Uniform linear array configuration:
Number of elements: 24
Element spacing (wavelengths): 0.25
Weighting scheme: blackman
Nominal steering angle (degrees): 30
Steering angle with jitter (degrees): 30.062
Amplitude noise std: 0.05
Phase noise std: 0.05

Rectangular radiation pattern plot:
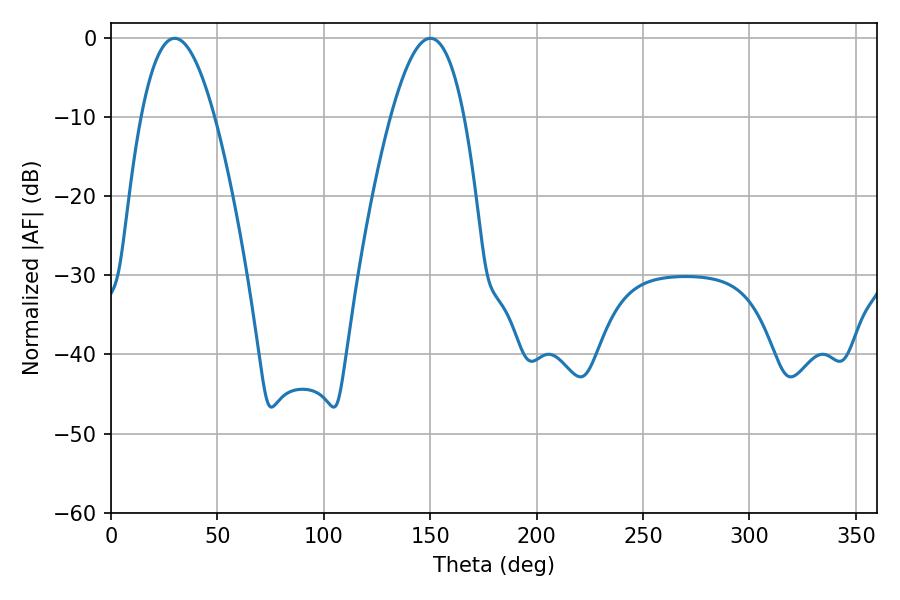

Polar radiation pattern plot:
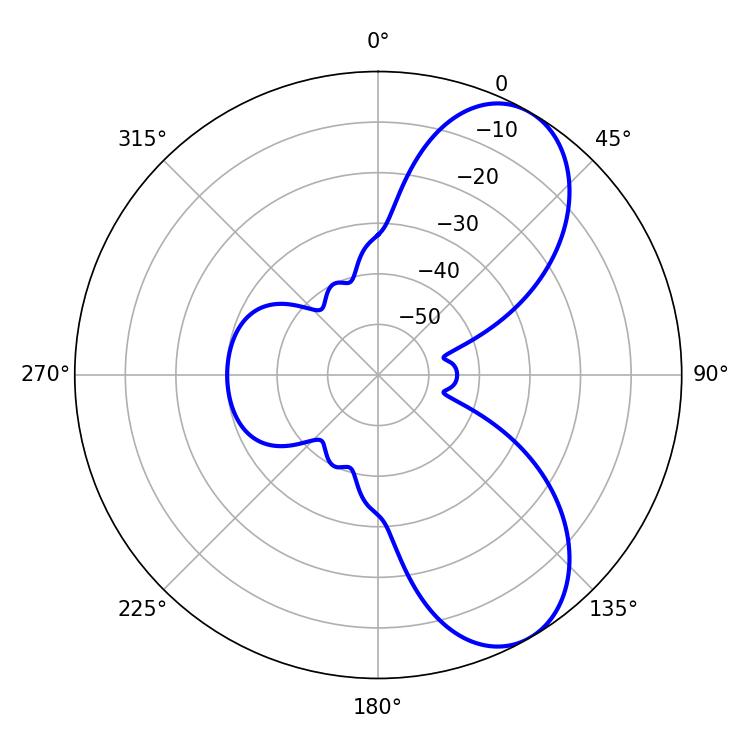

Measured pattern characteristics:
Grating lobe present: FALSE
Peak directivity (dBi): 7.461
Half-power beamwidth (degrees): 18.9
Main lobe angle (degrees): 29.88